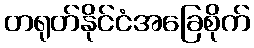
တရုတ်နိုင်ငံအခြေစိုက်